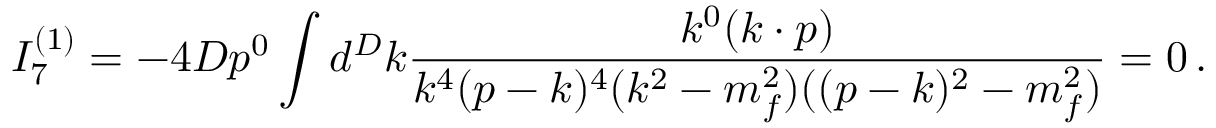
I _ { 7 } ^ { ( 1 ) } = - 4 D p ^ { 0 } \int d ^ { D } k \frac { k ^ { 0 } ( k \cdot p ) } { k ^ { 4 } ( p - k ) ^ { 4 } ( k ^ { 2 } - m _ { f } ^ { 2 } ) ( ( p - k ) ^ { 2 } - m _ { f } ^ { 2 } ) } = 0 \, .